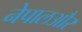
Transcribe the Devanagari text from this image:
नेपालऔर